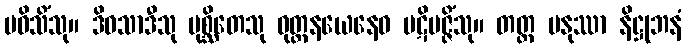
ပဝိသိံသု။ ဒိဝသာဒီသု ပုစ္ဆိတေသု ဝုတ္တနယေနေဝ ပဋိပဇ္ဇိံသု။ တတ္ထ မနုဿာ နိဋ္ဌုဘနံ